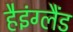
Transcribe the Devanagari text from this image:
हैइंग्लैंड